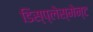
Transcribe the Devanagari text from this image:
डिस्प्लेस्मेन्ट